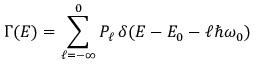
{ \Gamma ( E ) = \sum _ { \ell = - \infty } ^ { 0 } P _ { \ell } \, \delta ( E - E _ { 0 } - \ell \hbar \omega _ { 0 } ) }